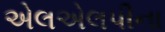
એલએલપીના